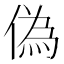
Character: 偽